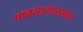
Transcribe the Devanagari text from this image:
पावसासारख्या